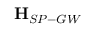
\mathbf { H } _ { S P - G W }